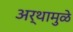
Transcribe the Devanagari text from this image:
अर्थामुळे